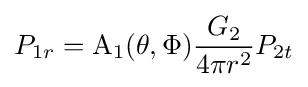
P_{1r}=\mathrm {A_{1}} (\theta ,\Phi ){\frac {G_{2}}{4\pi r^{2}}}P_{2t}